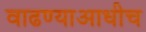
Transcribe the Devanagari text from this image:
वाढण्याआधीच